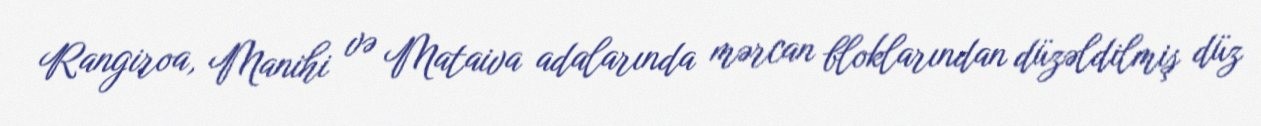
Rangiroa, Manihi və Mataiva adalarında mərcan bloklarından düzəldilmiş düz